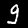
Digit: 9